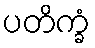
ပတိက္ခံ